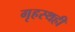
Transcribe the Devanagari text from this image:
गृहस्थही